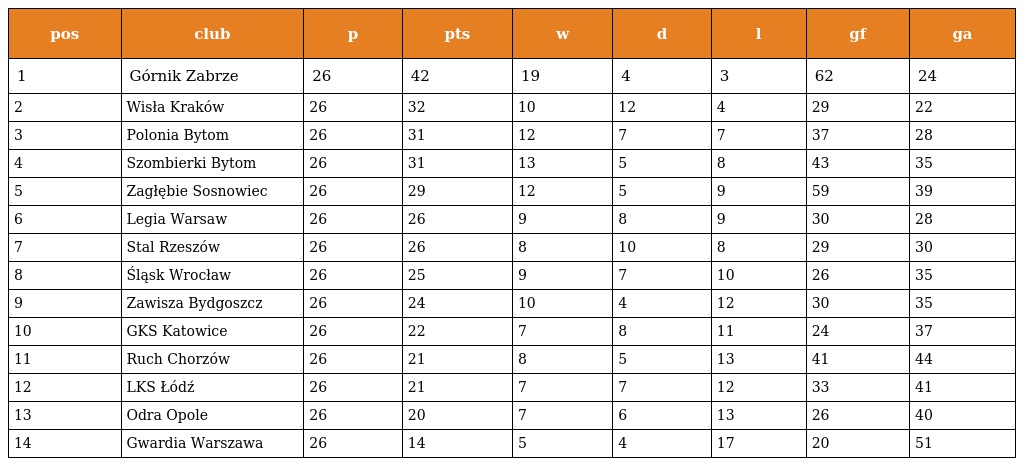
| pos | club | p | pts | w | d | l | gf | ga |
 | --- | --- | --- | --- | --- | --- | --- | --- | --- |
 | 1 | Górnik Zabrze | 26 | 42 | 19 | 4 | 3 | 62 | 24 |
 | 2 | Wisła Kraków | 26 | 32 | 10 | 12 | 4 | 29 | 22 |
 | 3 | Polonia Bytom | 26 | 31 | 12 | 7 | 7 | 37 | 28 |
 | 4 | Szombierki Bytom | 26 | 31 | 13 | 5 | 8 | 43 | 35 |
 | 5 | Zagłębie Sosnowiec | 26 | 29 | 12 | 5 | 9 | 59 | 39 |
 | 6 | Legia Warsaw | 26 | 26 | 9 | 8 | 9 | 30 | 28 |
 | 7 | Stal Rzeszów | 26 | 26 | 8 | 10 | 8 | 29 | 30 |
 | 8 | Śląsk Wrocław | 26 | 25 | 9 | 7 | 10 | 26 | 35 |
 | 9 | Zawisza Bydgoszcz | 26 | 24 | 10 | 4 | 12 | 30 | 35 |
 | 10 | GKS Katowice | 26 | 22 | 7 | 8 | 11 | 24 | 37 |
 | 11 | Ruch Chorzów | 26 | 21 | 8 | 5 | 13 | 41 | 44 |
 | 12 | LKS Łódź | 26 | 21 | 7 | 7 | 12 | 33 | 41 |
 | 13 | Odra Opole | 26 | 20 | 7 | 6 | 13 | 26 | 40 |
 | 14 | Gwardia Warszawa | 26 | 14 | 5 | 4 | 17 | 20 | 51 |